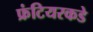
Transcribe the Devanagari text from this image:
फ्रंटियरकडे